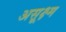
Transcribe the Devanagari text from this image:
असूक्ष्म